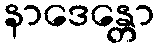
နာဒေန္တော